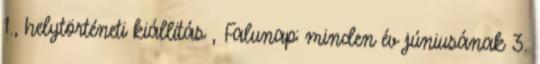
1., helytörténeti kiállítás , Falunap: minden év júniusának 3.